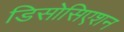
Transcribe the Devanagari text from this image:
डिसोसिएशन